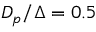
D _ { p } / \Delta = 0 . 5